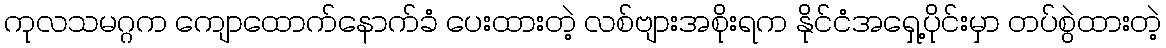
ကုလသမဂ္ဂက ကျောထောက်နောက်ခံ ပေးထားတဲ့ လစ်ဗျားအစိုးရက နိုင်ငံအရှေ့ပိုင်းမှာ တပ်စွဲထားတဲ့